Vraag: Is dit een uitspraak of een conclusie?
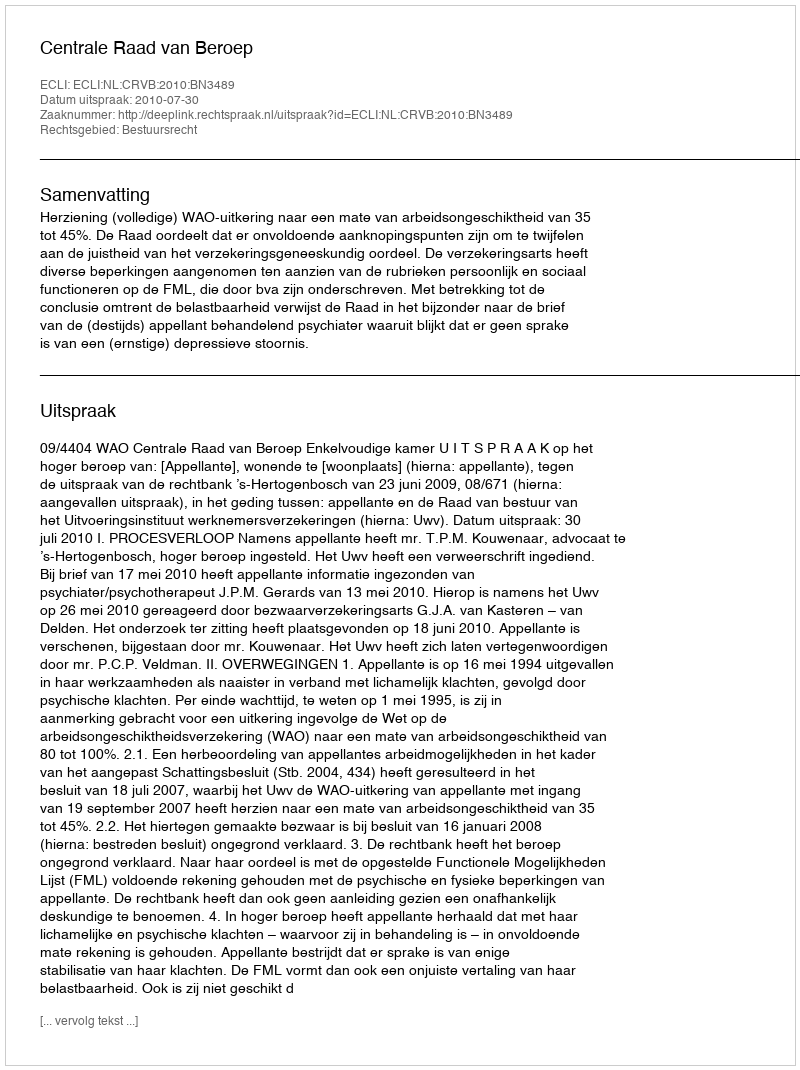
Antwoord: Uitspraak